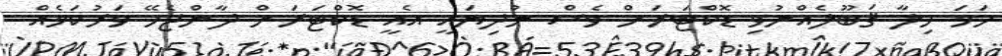
ހަމަ ހިލާ ޤަބޫލެއްނުވި ޑޮކްޓަރަށް ވެސް ނުދިޔައީ އެއީ ޑޮކްޓަރަށް ދާންޖެހޭ ވަރުކަމެއް